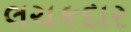
લચકદાર